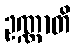
ဥဏ္ဏာတိ